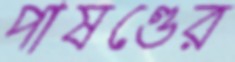
পাষণ্ডের